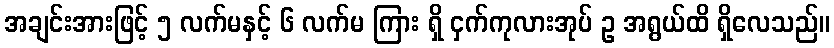
အချင်းအားဖြင့် ၅ လက်မနှင့် ၆ လက်မ ကြား ရှိ ငှက်ကုလားအုပ် ဥ အရွယ်ထိ ရှိလေသည်။